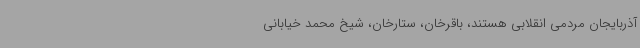
آذربایجان مردمی انقلابی هستند، باقرخان، ستارخان، شیخ محمد خیابانی